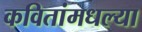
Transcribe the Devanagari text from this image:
कवितांमधल्या